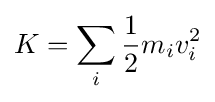
K=\sum _{i}{\frac {1}{2}}m_{i}v_{i}^{2}